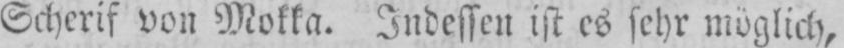
Scherif von Mokka. Indessen ist es sehr möglich,